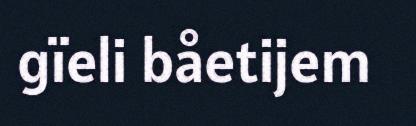
gïeli båetijem